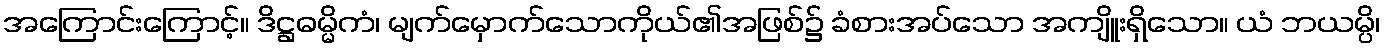
အကြောင်းကြောင့်။ ဒိဋ္ဌဓမ္မိကံ၊ မျက်မှောက်သောကိုယ်၏အဖြစ်၌ ခံစားအပ်သော အကျိူးရှိသော။ ယံ ဘယမ္ပိ၊